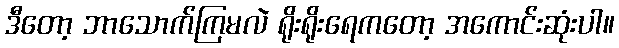
ဒီတော့ ဘာသောက်ကြမလဲ ရိုးရိုးရေကတော့ အကောင်းဆုံးပါ။